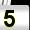
Digit: 5